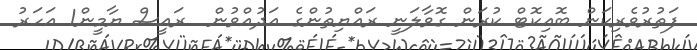
ފަތުރުވެރިކަން ބޮއިކޮޓް ކުރަން ގޮވާލަނީ ރައްޔިތުންގެ އަދުއްވުން  ރައީސް ޔާމީން1 އަހަރު